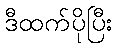
ဒီထက်ပိုပြီး